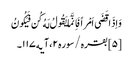
وَاِذَا قَضَی اَمْراً فَاِنَّمَا یَقُولُ لَهُ کُن فَیَکُونُ
[۵] بقره/سوره۲، آیه۱۱۷۔